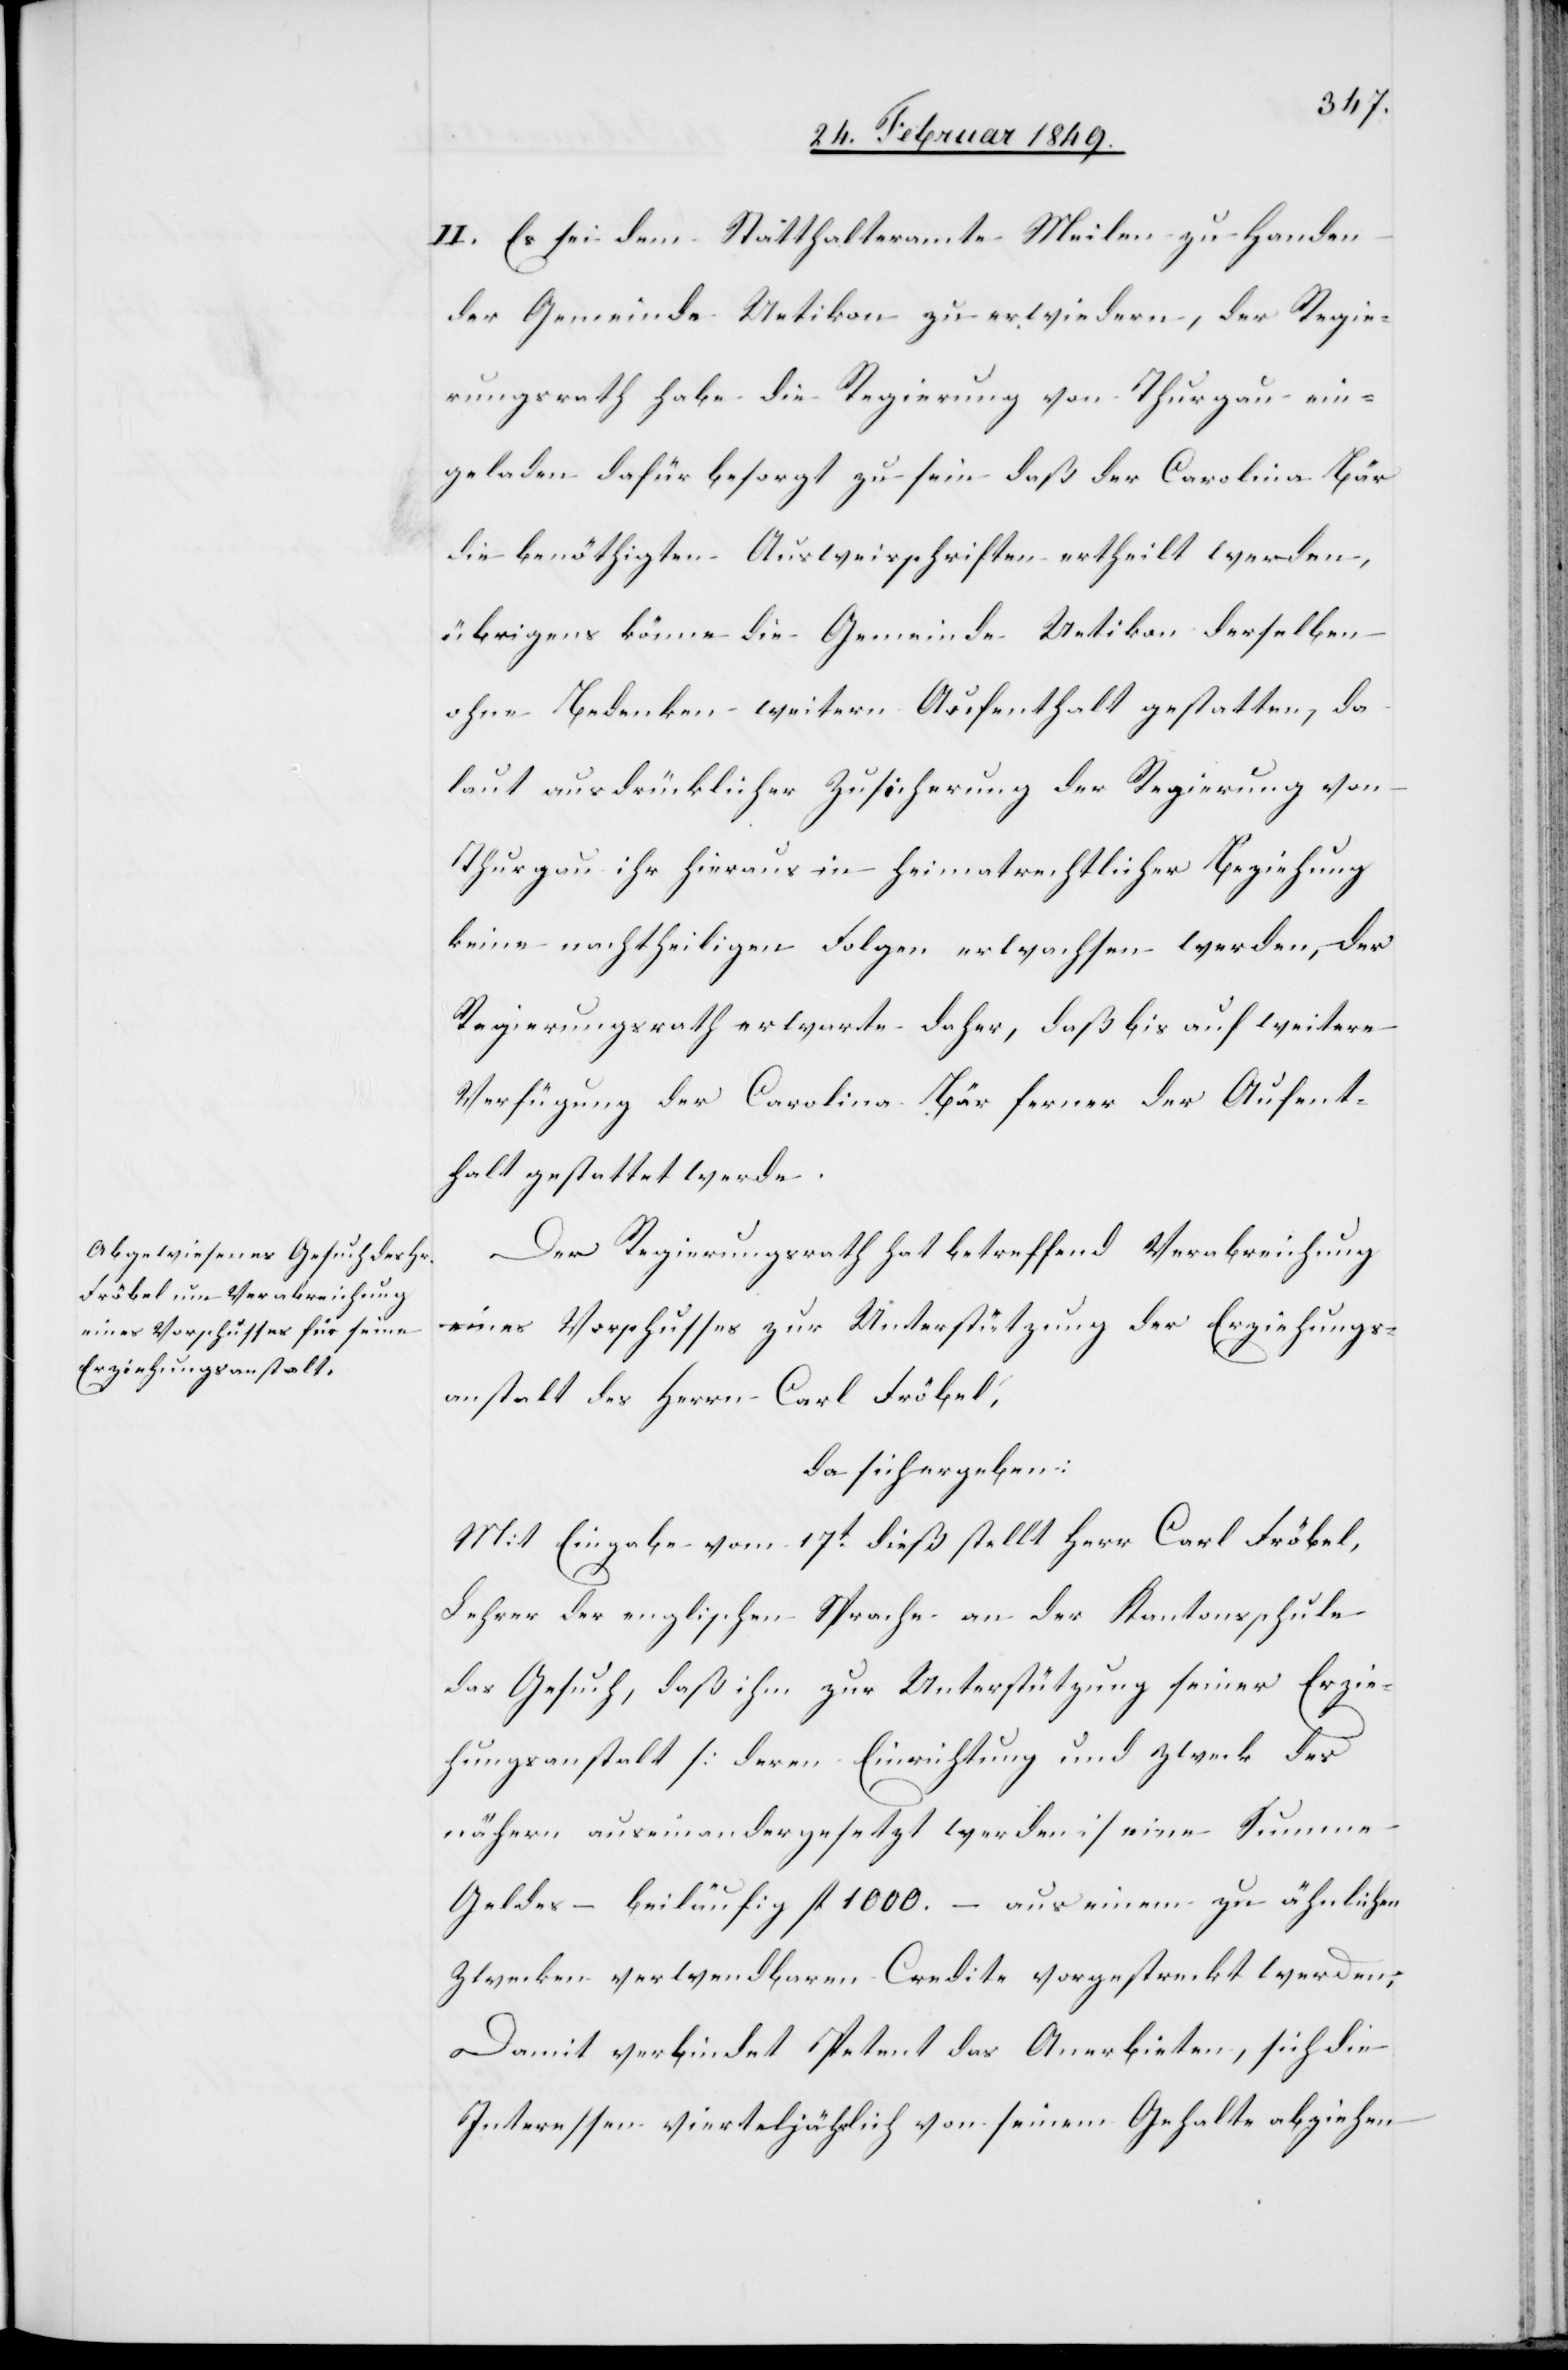
II. Es sei dem Statthalteramte Meilen zu Handen
der Gemeinde Uetikon zu erwiedern, der Regie¬
rungsrath habe die Regierung von Thurgau ein¬
geladen dafür besorgt zu sein daß der Carolina Bär
die benöthigten Ausweisschriften ertheilt werden,
übrigens könne die Gemeinde Uetikon derselben
ohne Bedenken weitern Aufenthalt gestatten, da
laut ausdrücklicher Zusicherung der Regierung von
Thurgau ihr hieraus in heimatrechtlicher Beziehung
keine nachtheiligen Folgen erwachsen werden, der
Regierungsrath erwarte daher, daß bis auf weitere
Verfügung der Carolina Bär ferner der Aufent¬
halt gestattet werde.
Der Regierungsrath hat betreffend Verabreichung
eines Vorschusses zur Unterstützung der Erziehungs¬
anstalt des Herrn Carl Fröbel,
da sich ergeben:
Mit Eingabe vom 17t. dieß stellt Herr Carl Fröbel,
Lehrer der englischen Sprache an der Kantonsschule
das Gesuch, daß ihm zur Unterstützung seiner Erzie¬
hungsanstalt [deren Einrichtung und Zweck des
nähern auseinandergesetzt werden] eine Summe
Geldes – beiläufig fl. 1000. – aus einem zu ähnlichen
Zwecken verwendbaren Credite vorgestreckt werden;
Damit verbindet Petent das Anerbieten, sich die
Interessen vierteljährlich von seinem Gehalte abziehen